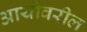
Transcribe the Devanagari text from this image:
आयोवरील